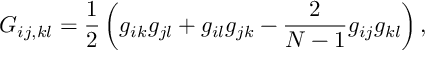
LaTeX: G _ { i j , k l } = \frac { 1 } { 2 } \left( g _ { i k } g _ { j l } + g _ { i l } g _ { j k } - \frac { 2 } { N - 1 } g _ { i j } g _ { k l } \right) ,